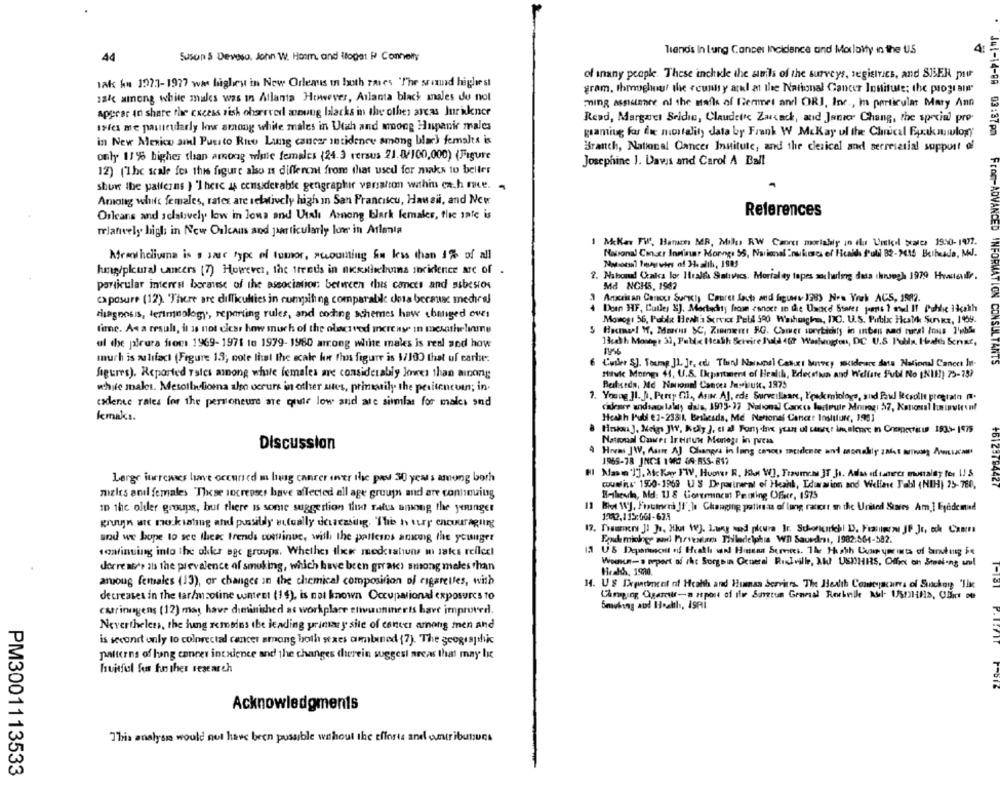
Trends In lung Cancer Incidence and Marlaity in the U.S
44
Suson & Deveso. John W. Ham and ilogat P Connely
of inany people. These inchile the auils of the surveys, segismes, and SUSER puur
tak ku 1971-1977 wa highest in New Orleans in both raves The sound highest
gram, Ibmoghour the "cunts y atul at the National Cancer Institute; the program
jak among white mules was in Atlanta However, Atlanta black males do not
apprar In share the excess rish oherrvedl annung blacks in the other areas Inrikner
ming Assurance of the mail of Uhemmet and ORI, Inc ., in particular Mary Ann
Rend, Margaret Seldia, Claudettc Zusack, and Janvor Chang, the special pro-
Isles me pasneudlarly low among white males in Utah and moong Hispanic males
gramiug for die mortality data by Frank W McKay ul the Chical Epakmwlogy
41-14-88 03:37Pm
in New Mexico al Puesto Rnto Lung cancer Intidenev among black femalts is
Branch, National Cancer Institute, and the clerical and serreserial support of
only 11% higher than among white females (24.3 versus 21.W/100,000) (Figure
Josephine 1. Davis and Carol A Ball
12) ("The scale fes this figure also n different from that used for maks to beller
show the patterns } 'There is considerable gengraphir versation within ca.h race.
Among white females, rates are relatively high In San Franciscu, Hawaii, and Now
References
Orleans and relatively low in love and Utal Among blark females, the inte is
relatively high in New Orleans and particularly lone in Atlanta
1 MeKar FW, Banen MR, Mills RW Caorcs mortally in flur Until scarce 1950-1977.
Naronal Constr Innisar Monng: 55, Na imal "nukosti of Heath Pull 82-215 Bulbeada, MJ.
Momsheliuma is s sae type of tomor, accounting fim las than 1% of all
hms/plural cancers (7) However, the trends in nesaisbuis incidence are of
2. Nahondl Calca loc Iralfa Salivics, Morfal ty tapes soulwring dass ihregh 1979 Headedfr.
particular interest borause of the association between this cances and asbestos
Md NCH5, 1542
ca posure (12). "There are difficulties in cumpiling comparable dosa berawe medhiral
1 Arxcaisan Canout Suricty Couret Jach and ligunt 198) New York ACS, 1582.
From-ADVANCED INFORMATION
Den HF, Cutles SJ. Martscity home conoce in the Usace Ssare's jeans I asud If Public iicath
diagnosis, letimnology, reporting rules, and costing schemes have changed over
Mowog: 56, Pobla Heak's Service Pell 500 Washugha, D.C. U.S. Public Health Suvez, 1%9.
time. As a result, it is not clear how much of the olacsved mere wy in mesasheliumne
13cath Mostgt 33, Peblx Heath Servire Fuld 487 Waslungton, DC U.S I'lls. Health &cnnt,
ul the jalrura from: 1969-1971 te 1979- 1980 arrong white males is real and how
much is mailifact (Figure 13; note that the scale ho thos figure is 1/100 that of carte.
6
Cuiler SJ. Young Jl. Je, ed Thand Naispsl Caset Survey siders data National Cancer In-
CONSULTANTS
figures). Reported Tales anong while females are considerably Jones than ainoing
ttivi Momgs 41, U.S. Department of Health, Edecefsan and Welfare Fuld No [NI !! ) 75-15)
while males. Mesollndfiomna also occurs in other sites, primarily the petitencuin; in.
Baitseda, Md National Cancer Musluk, 1975
7. Young ]1. B. Perry O1 ., Asinc. AJ. ede Surveillaane, Foodmiologo, and Paul lesolit prestato .
cadere rates for the personeure are quite low and are simlas for mals and
cideare andsao lally dals, 1975-37 Nabond] Cances forteuir Mourog: 57, Kohosal Iuminvivo!
lemaks.
Heath Publ €1-2331. Brakesda, Me National Cancer Insitlukr, 1951
National Cancer Ireirun Mentogs in press
Discussion
Hrveas JW, Asune AJ Chiangra in lang casou zacidence and monakiy zaist aron Amusicaw
1969-78 JNCS 1960 49-RSS-817
Large increases lave occurs ed m lung cancer over the pay 30 years among borh
coumlins 1550-1969 U S De prireral of Heahl, Eduration and Wellase Jabl (NIH) 25-764.
+6129794427
meles anil females These increases have affected all age groups and are continuing
H-thewho, Md: 11 8 Goruminent Penting Ofscr, 1975
11
Kort WJ. Fraumeni Jf' ]a Changing patins.as of lang rancer on the United Siaers Am.] Eyedemd
10 the older groups, but there is some suggestion tud rates among the younger
gruyjn ate nokiating and possibly actually derrezsilig. The h tury encouraging
and we hope to see theec trends continue, with the patterns among the younger
Euchmioing and harvesters Philadelphia Wn Sauedent, 1982:564-582.
continuing into the okker age groups, Whether ilk medrahuns m laks reflect
US Deparissont of Health and Human Services. The Hash Comyears of bursting Se
Woununa oport of the Sorgsin General RisIville, Mu USIHRS, Office on Stealing uu!
dorre as'e aus the prevalence of smoking, which have been grrates among meles than
Headds, 1900.
anyoung females (19), or changes in the chemical composition of rigerelles, with
14. US Dreadmeet nif Health and Human Services. The Health Comeyacares of Suickoy 'lik
decreases in the tar/msotine content (14), is not known Occupational exposures to
Smoking and Health, ISRi
catrinugens (12) may have diminished at workplace etwonmerts have improved.
Nevertheless, the hang remains the leading primary site of cancer among men and
is second only to colorectal cancer among both stxes ambined (7). The geographic
patterns of hong cancer incuience and the changes therein wegest areas that may Ix
huitfil fou to ther research
Acknowledgments
This analyse would not have been possible without the efforts and ontributes
PM3001113533